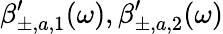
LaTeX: \beta_{\pm,a,1}^{\prime}(\omega),\beta_{\pm,a,2}^{\prime}(\omega)